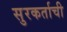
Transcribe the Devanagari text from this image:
सुरकर्ताची